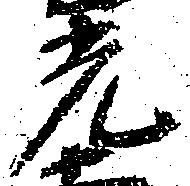
光